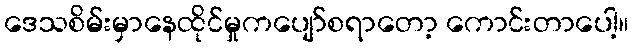
ဒေသစိမ်းမှာနေထိုင်မှုကပျော်စရာတော့ ကောင်းတာပေါ့။